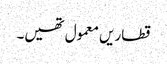
قطاریں معمول تھیں۔